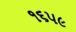
૧૬૫૯